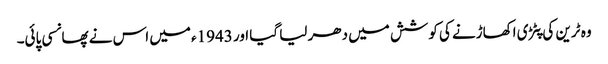
وہ ٹرین کی پٹڑی اکھاڑنے کی کوشش میں دھر لیا گیا اور 1943ء میں اس نے پھانسی پائی۔